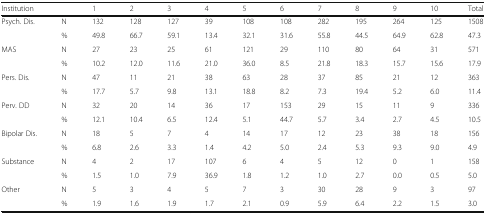
<table><thead><tr><td><b>Institution</b></td><td></td><td><b>1</b></td><td><b>2</b></td><td><b>3</b></td><td><b>4</b></td><td><b>5</b></td><td><b>6</b></td><td><b>7</b></td><td><b>8</b></td><td><b>9</b></td><td><b>10</b></td><td><b>Total</b></td></tr></thead><tbody><tr><td rowspan="2">Psych. Dis.</td><td>N</td><td>132</td><td>128</td><td>127</td><td>39</td><td>108</td><td>108</td><td>282</td><td>195</td><td>264</td><td>125</td><td>1508</td></tr><tr><td>%</td><td>49.8</td><td>66.7</td><td>59.1</td><td>13.4</td><td>32.1</td><td>31.6</td><td>55.8</td><td>44.5</td><td>64.9</td><td>62.8</td><td>47.3</td></tr><tr><td rowspan="2">MAS</td><td>N</td><td>27</td><td>23</td><td>25</td><td>61</td><td>121</td><td>29</td><td>110</td><td>80</td><td>64</td><td>31</td><td>571</td></tr><tr><td>%</td><td>10.2</td><td>12.0</td><td>11.6</td><td>21.0</td><td>36.0</td><td>8.5</td><td>21.8</td><td>18.3</td><td>15.7</td><td>15.6</td><td>17.9</td></tr><tr><td rowspan="2">Pers. Dis.</td><td>N</td><td>47</td><td>11</td><td>21</td><td>38</td><td>63</td><td>28</td><td>37</td><td>85</td><td>21</td><td>12</td><td>363</td></tr><tr><td>%</td><td>17.7</td><td>5.7</td><td>9.8</td><td>13.1</td><td>18.8</td><td>8.2</td><td>7.3</td><td>19.4</td><td>5.2</td><td>6.0</td><td>11.4</td></tr><tr><td rowspan="2">Perv. DD</td><td>N</td><td>32</td><td>20</td><td>14</td><td>36</td><td>17</td><td>153</td><td>29</td><td>15</td><td>11</td><td>9</td><td>336</td></tr><tr><td>%</td><td>12.1</td><td>10.4</td><td>6.5</td><td>12.4</td><td>5.1</td><td>44.7</td><td>5.7</td><td>3.4</td><td>2.7</td><td>4.5</td><td>10.5</td></tr><tr><td rowspan="2">Bipolar Dis.</td><td>N</td><td>18</td><td>5</td><td>7</td><td>4</td><td>14</td><td>17</td><td>12</td><td>23</td><td>38</td><td>18</td><td>156</td></tr><tr><td>%</td><td>6.8</td><td>2.6</td><td>3.3</td><td>1.4</td><td>4.2</td><td>5.0</td><td>2.4</td><td>5.3</td><td>9.3</td><td>9.0</td><td>4.9</td></tr><tr><td rowspan="2">Substance</td><td>N</td><td>4</td><td>2</td><td>17</td><td>107</td><td>6</td><td>4</td><td>5</td><td>12</td><td>0</td><td>1</td><td>158</td></tr><tr><td>%</td><td>1.5</td><td>1.0</td><td>7.9</td><td>36.9</td><td>1.8</td><td>1.2</td><td>1.0</td><td>2.7</td><td>0.0</td><td>0.5</td><td>5.0</td></tr><tr><td rowspan="2">Other</td><td>N</td><td>5</td><td>3</td><td>4</td><td>5</td><td>7</td><td>3</td><td>30</td><td>28</td><td>9</td><td>3</td><td>97</td></tr><tr><td>%</td><td>1.9</td><td>1.6</td><td>1.9</td><td>1.7</td><td>2.1</td><td>0.9</td><td>5.9</td><td>6.4</td><td>2.2</td><td>1.5</td><td>3.0</td></tr></tbody></table>